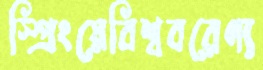
স্প্রিংয়েবিশ্ববরেণ্য